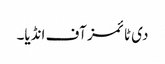
دی ٹائمز آف انڈیا۔